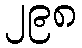
၂၉၈